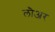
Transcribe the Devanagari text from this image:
लौअर